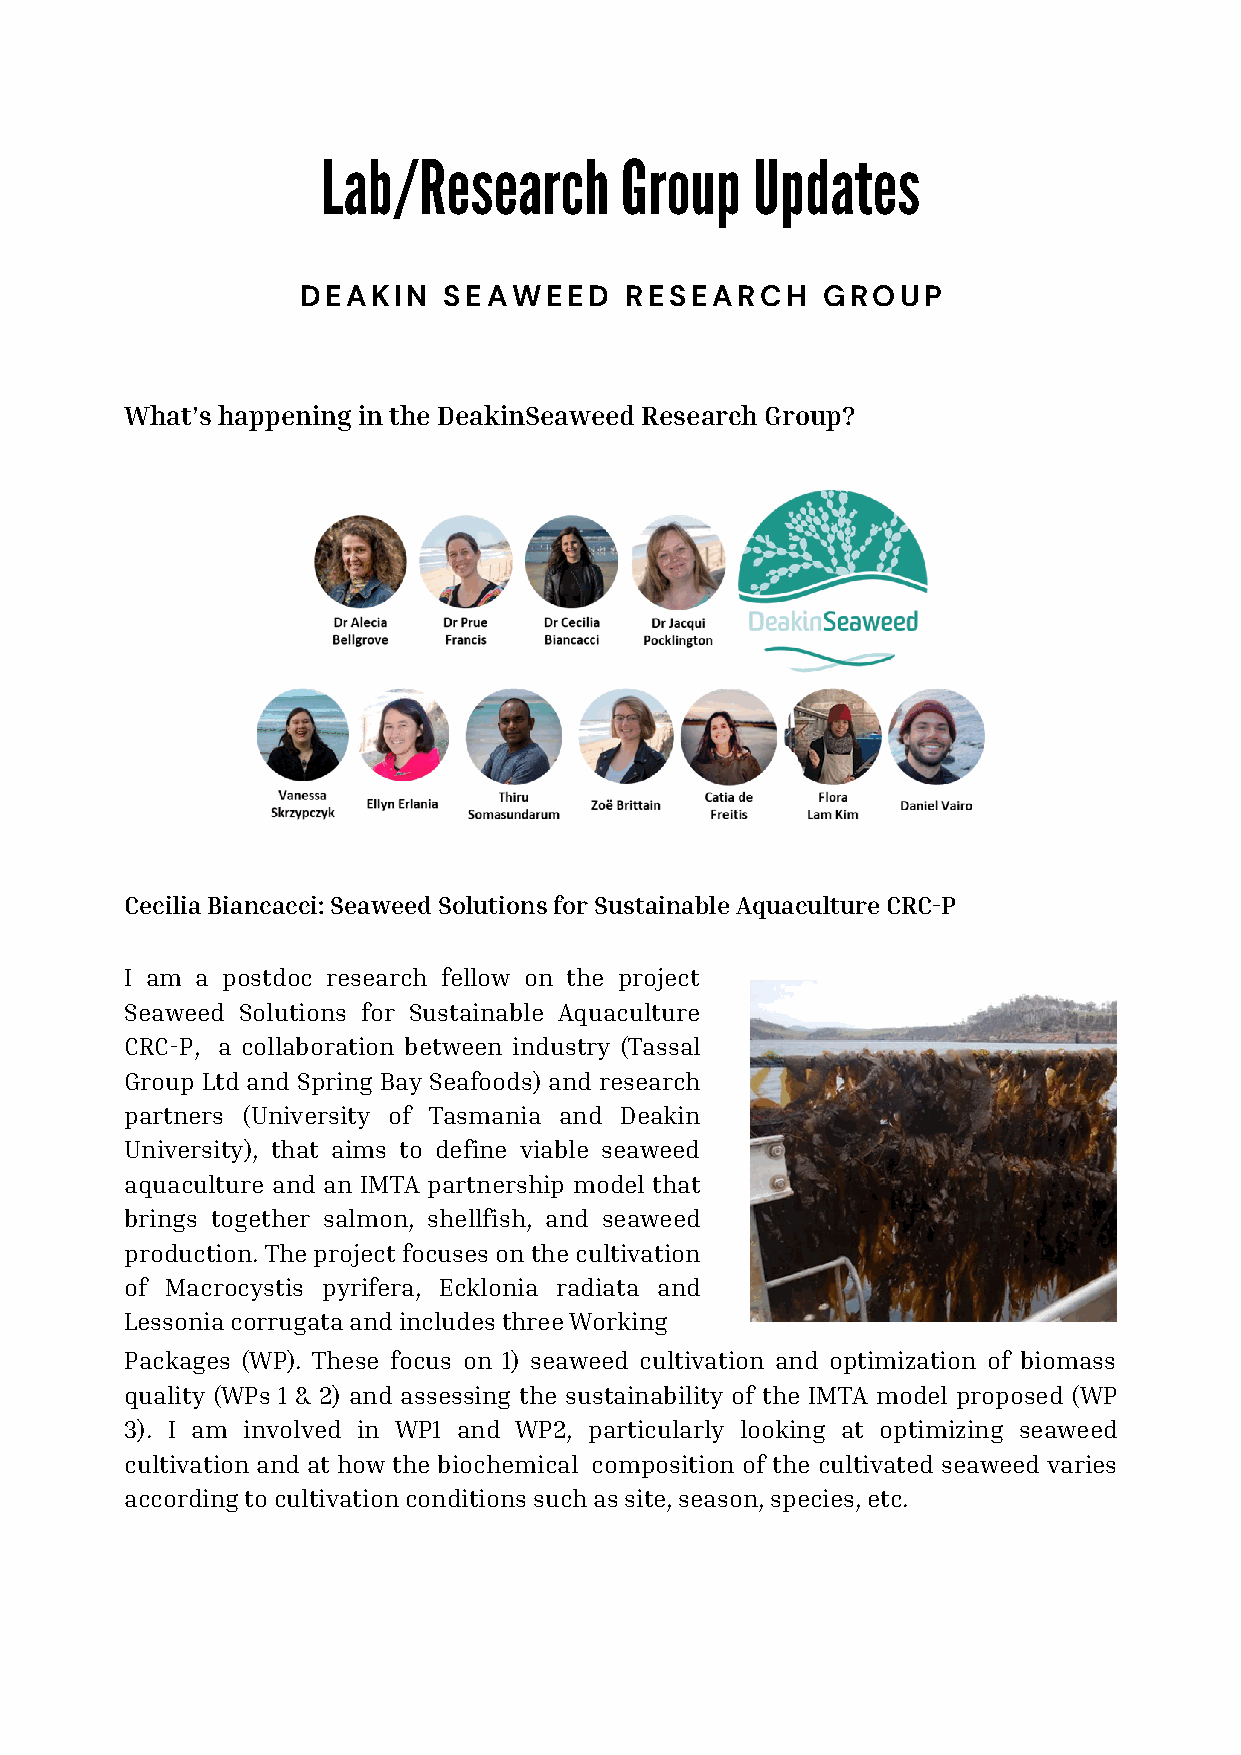
Lab/Research        Group    Updates
 DEAKIN   SEAWEED     RESEARCH     GROUP
 What’s happening in the DeakinSeaweed Research Group?
 Cecilia Biancacci: Seaweed Solutions for Sustainable Aquaculture CRC-P
 I am a postdoc research fellow on the project
 Seaweed Solutions for Sustainable Aquaculture
 CRC-P, a collaboration between industry (Tassal
 Group Ltd and Spring Bay Seafoods) and research
 partners (University of Tasmania and Deakin
 University), that aims to define viable seaweed
 aquaculture and an IMTA partnership model that
 brings together salmon, shellfish, and seaweed
 production. The project focuses on the cultivation
 of Macrocystis pyrifera, Ecklonia radiata and
 Lessonia corrugata and includes three Working
 Packages (WP). These focus on 1) seaweed cultivation and optimization of biomass
 quality (WPs 1 & 2) and assessing the sustainability of the IMTA model proposed (WP
 3). I am involved in WP1 and WP2, particularly looking at optimizing seaweed
 cultivation and at how the biochemical composition of the cultivated seaweed varies
 according to cultivation conditions such as site, season, species, etc.